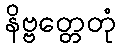
နိဗ္ဗတ္တေတုံ